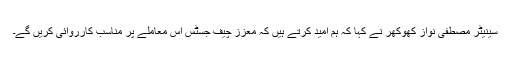
سینیٹر مصطفی نواز کھوکھر نے کہا کہ ہم امید کرتے ہیں کہ معزز چیف جسٹس اس معاملے پر مناسب کارروائی کریں گے۔